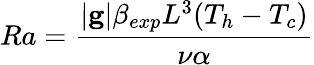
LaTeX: Ra=\frac{|\mathbf{g}|\beta_{exp}L^{3}(T_{h}-T_{c})}{\nu\alpha}